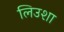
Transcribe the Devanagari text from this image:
लिउशा